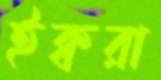
ইক্বরা